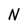
Character: N